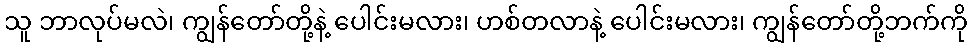
သူ ဘာလုပ်မလဲ၊ ကျွန်တော်တို့နဲ့ ပေါင်းမလား၊ ဟစ်တလာနဲ့ ပေါင်းမလား၊ ကျွန်တော်တို့ဘက်ကို